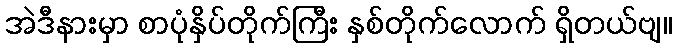
အဲဒီနားမှာ စာပုံနှိပ်တိုက်ကြီး နှစ်တိုက်လောက် ရှိတယ်ဗျ။